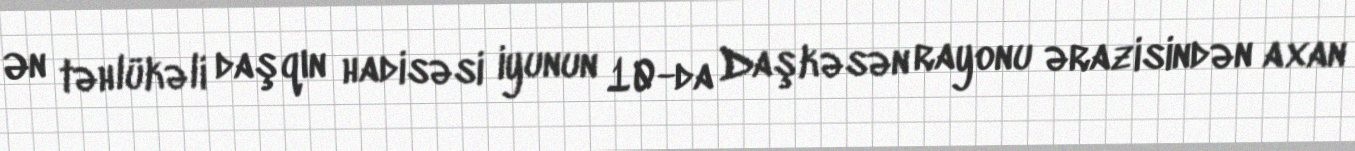
Ən təhlükəli daşqın hadisəsi iyunun 10-da Daşkəsən rayonu ərazisindən axan